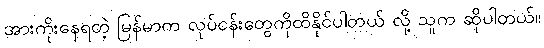
အားကိုးနေရတဲ့ မြန်မာက လုပ်ငန်းတွေကိုထိနိုင်ပါတယ် လို့ သူက ဆိုပါတယ်။